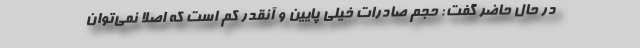
در حال حاضر گفت: حجم صادرات خیلی پایین و آنقدر کم است که اصلا نمی‌توان